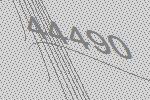
44490